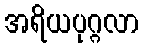
အရိယပုဂ္ဂလာ